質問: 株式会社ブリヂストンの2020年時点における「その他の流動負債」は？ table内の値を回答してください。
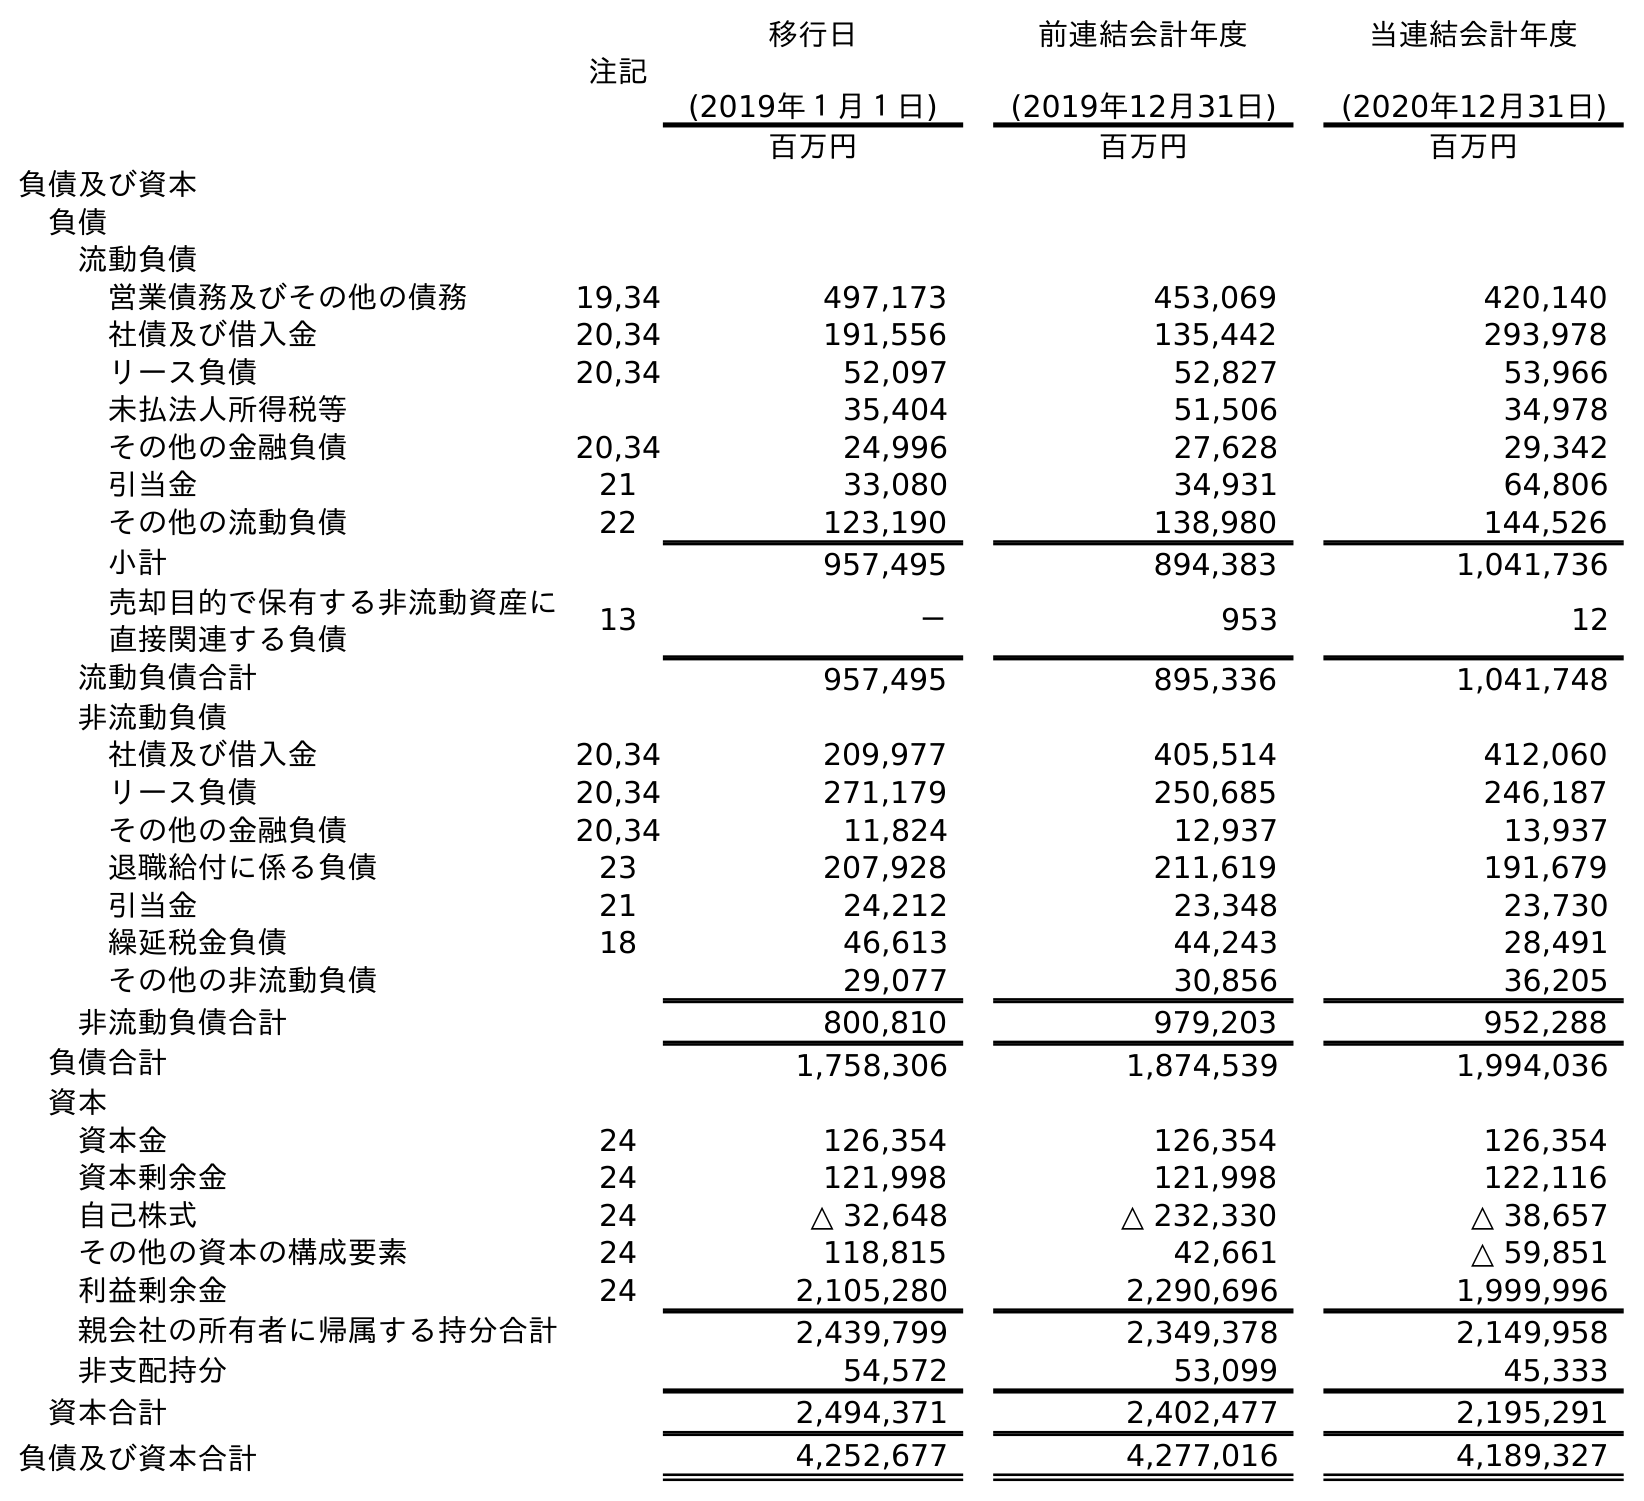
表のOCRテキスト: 注記 移行日 (2019年１月１日) 前連結会計年度 (2019年12月31日) 当連結会計年度 (2020年12月31日) 百万円 百万円 百万円 負債及び資本 負債 流動負債 営業債務及びその他の債務 19,34 497,173 453,069 420,140 社債及び借入金 20,34 191,556 135,442 293,978 リース負債 20,34 52,097 52,827 53,966 未払法人所得税等 35,404 51,506 34,978 その他の金融負債 20,34 24,996 27,628 29,342 引当金 21 33,080 34,931 64,806 その他の流動負債 22 123,190 138,980 144,526 小計 957,495 894,383 1,041,736 売却目的で保有する非流動資産に 直接関連する負債 13 － 953 12 流動負債合計 957,495 895,336 1,041,748 非流動負債 社債及び借入金 20,34 209,977 405,514 412,060 リース負債 20,34 271,179 250,685 246,187 その他の金融負債 20,34 11,824 12,937 13,937 退職給付に係る負債 23 207,928 211,619 191,679 引当金 21 24,212 23,348 23,730 繰延税金負債 18 46,613 44,243 28,491 その他の非流動負債 29,077 30,856 36,205 非流動負債合計 800,810 979,203 952,288 負債合計 1,758,306 1,874,539 1,994,036 資本 資本金 24 126,354 126,354 126,354 資本剰余金 24 121,998 121,998 122,116 自己株式 24 △ 32,648 △ 232,330 △ 38,657 その他の資本の構成要素 24 118,815 42,661 △ 59,851 利益剰余金 24 2,105,280 2,290,696 1,999,996 親会社の所有者に帰属する持分合計 2,439,799 2,349,378 2,149,958 非支配持分 54,572 53,099 45,333 資本合計 2,494,371 2,402,477 2,195,291 負債及び資本合計 4,252,677 4,277,016 4,189,327
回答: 144,526